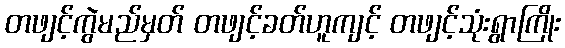
တဖျင့်ကွဲမည်မှတ် တဖျင့်ခတ်ဟူကျင့် တဖျင့်သုံးရွာကြိုး